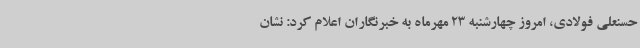
حسنعلی فولادی، امروز چهارشنبه 23 مهرماه به خبرنگاران اعلام کرد: نشان